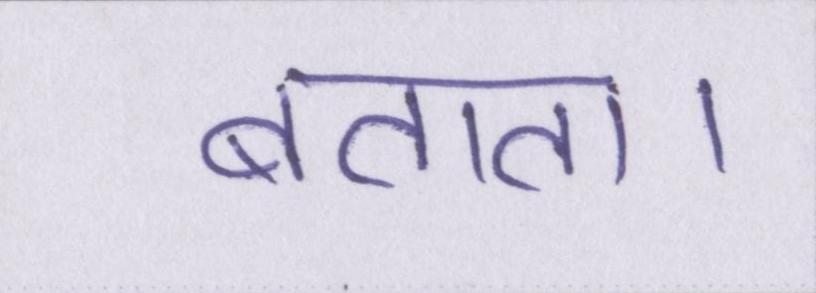
बताता।